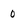
Character: 0